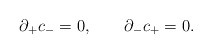
\begin{align*}\partial_+ c_- = 0, \qquad \partial_- c_+ = 0.\end{align*}